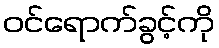
ဝင်ရောက်ခွင့်ကို